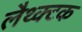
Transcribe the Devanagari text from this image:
लैथ्क्टक